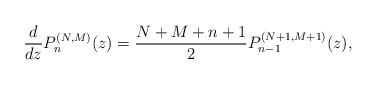
\begin{align*} \frac{d}{dz}P_{n}^{(N,M) }(z) =\frac{N+M+n+1}{2} P_{n-1}^{(N+1,M+1) }(z) , \end{align*}